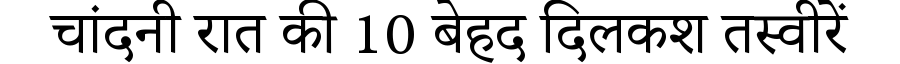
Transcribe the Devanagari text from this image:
चांदनी रात की 10 बेहद दिलकश तस्वीरें